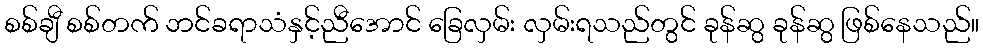
စစ်ချီ စစ်တက် ဘင်ခရာသံနှင့်ညီအောင် ခြေလှမ်း လှမ်းရသည်တွင် ခုန်ဆွ ခုန်ဆွ ဖြစ်နေသည်။